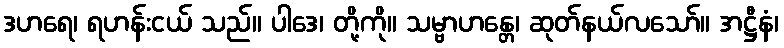
ဒဟရေ၊ ရဟန်းငယ် သည်။ ပါဒေ၊ တို့ကို။ သမ္ဗာဟန္တေ၊ ဆုတ်နယ်လသော်။ အဋ္ဌီနံ၊